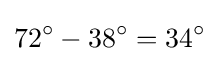
72^{\circ }-38^{\circ }=34^{\circ }